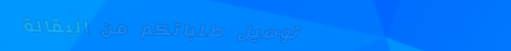
توصيل طلباتكم من البقالة